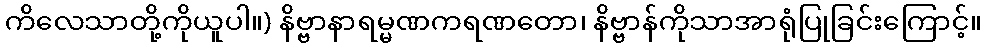
ကိလေသာတို့ကိုယူပါ။) နိဗ္ဗာနာရမ္မဏကရဏတော၊ နိဗ္ဗာန်ကိုသာအာရုံပြုခြင်းကြောင့်။